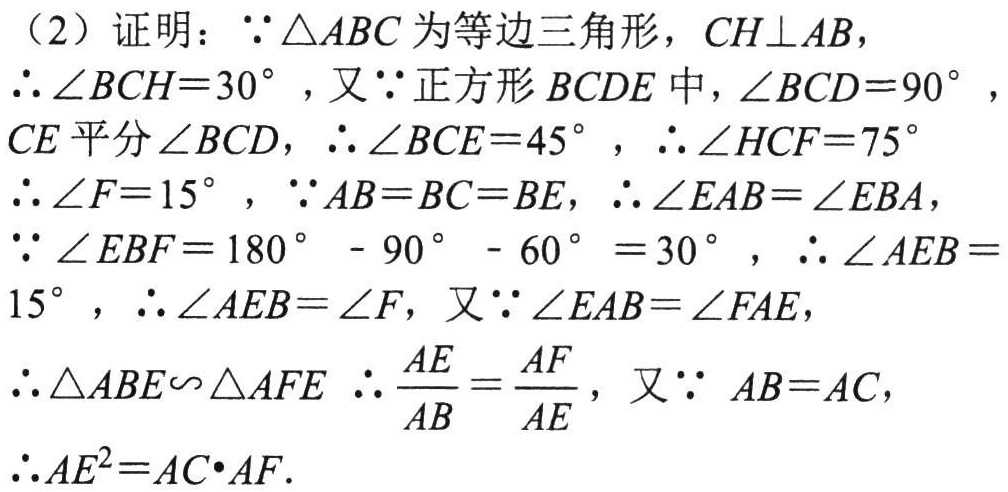
（2）证明：\(\because\triangle ABC\)为等边三角形，\(CH\perp AB\)，

\(\therefore\angle BCH = 30^{\circ}\)，又\(\because\)正方形\(BCDE\)中，\(\angle BCD = 90^{\circ}\)，

\(CE\)平分\(\angle BCD\)，\(\therefore\angle BCE = 45^{\circ}\)，\(\therefore\angle HCF = 75^{\circ}\)

\(\therefore\angle F = 15^{\circ}\)，\(\because AB = BC = BE\)，\(\therefore\angle EAB=\angle EBA\)，

\(\because\angle EBF = 180^{\circ}-90^{\circ}-60^{\circ}=30^{\circ}\)，\(\therefore\angle AEB = 15^{\circ}\)，\(\therefore\angle AEB=\angle F\)，又\(\because\angle EAB=\angle FAE\)，

\(\therefore\triangle ABE\sim\triangle AFE\) \(\therefore\frac{AE}{AB}=\frac{AF}{AE}\)，又\(\because AB = AC\)，

\(\therefore AE^{2}=AC\cdot AF\).